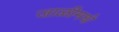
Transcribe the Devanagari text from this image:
जाळीमधे